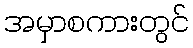
အမှာစကားတွင်